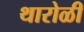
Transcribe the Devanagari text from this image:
थारोळी